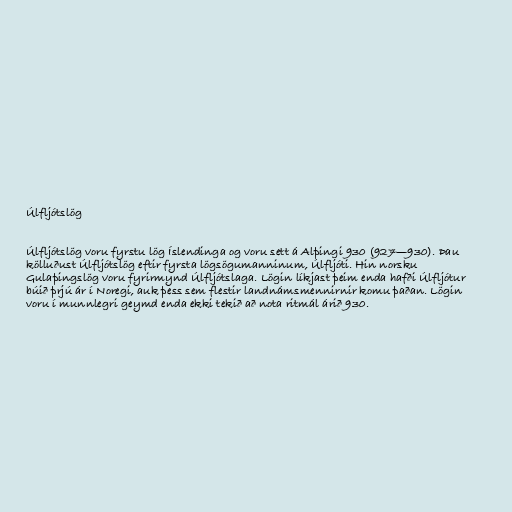
Úlfljótslög

Úlfljótslög voru fyrstu lög Íslendinga og voru sett á Alþingi 930 (927—930). Þau
kölluðust Úlfljótslög eftir fyrsta lögsögumanninum, Úlfljóti. Hin norsku
Gulaþingslög voru fyrirmynd Úlfljótslaga. Lögin líkjast þeim enda hafði Úlfljótur
búið þrjú ár í Noregi, auk þess sem flestir landnámsmennirnir komu þaðan. Lögin
voru í munnlegri geymd enda ekki tekið að nota ritmál árið 930.